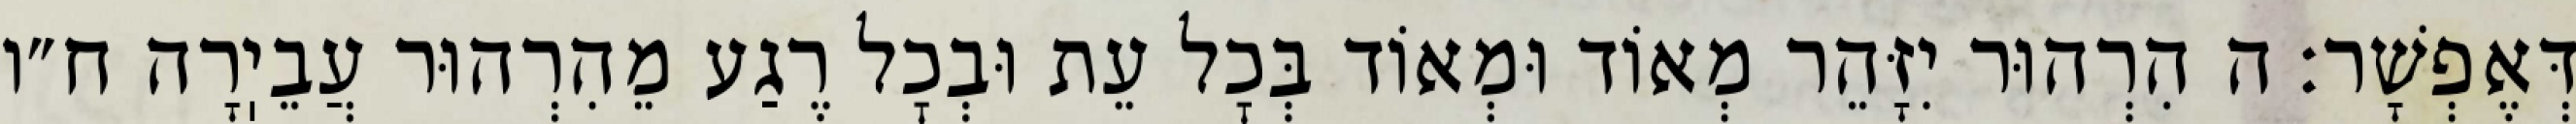
דְּאֶפְשָׁר: ה הִרְהוּר יִזָּהֵר מְאוֹד וּמְאוֹד בְּכׇל עֵת וּבְכׇל רֶגַע מֵהִרְהוּר עֲבֵיֽרָה ח״ו